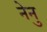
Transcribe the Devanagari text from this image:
नेनु